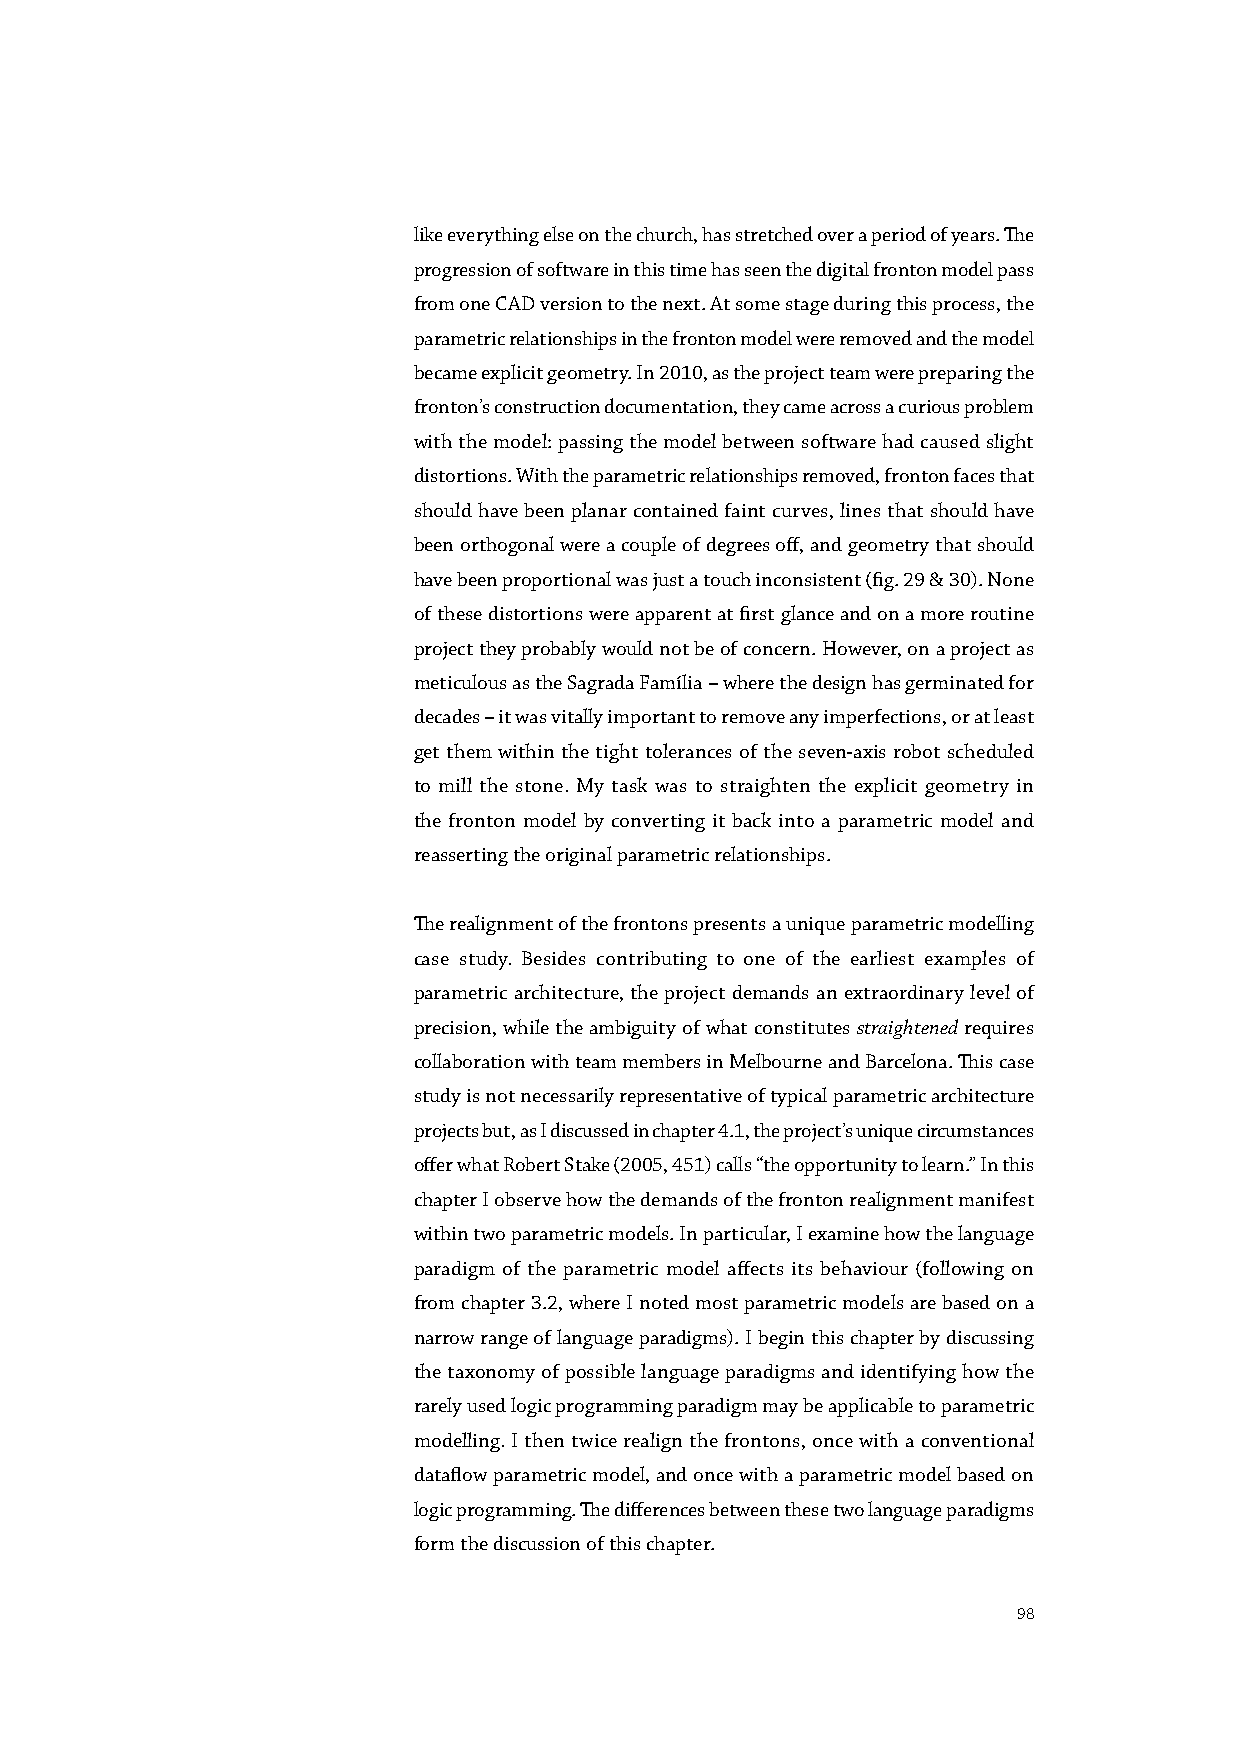
like everything else on the church, has stretched over a period of years. The
 progression of software in this time has seen the digital fronton model pass
 from one CAD version to the next. At some stage during this process, the
 parametric relationships in the fronton model were removed and the model
 became explicit geometry. In 2010, as the project team were preparing the
 fronton’s construction documentation, they came across a curious problem
 with the model: passing the model between software had caused slight
 distortions. With the parametric relationships removed, fronton faces that
 should have been planar contained faint curves, lines that should have
 been orthogonal were a couple of degrees off, and geometry that should
 have been proportional was just a touch inconsistent (fig. 29 & 30). None
 of these distortions were apparent at first glance and on a more routine
 project they probably would not be of concern. However, on a project as
 meticulous as the Sagrada Família – where the design has germinated for
 decades – it was vitally important to remove any imperfections, or at least
 get them within the tight tolerances of the seven-axis robot scheduled
 to mill the stone. My task was to straighten the explicit geometry in
 the fronton model by converting it back into a parametric model and
 reasserting the original parametric relationships.
 The realignment of the frontons presents a unique parametric modelling
 case study. Besides contributing to one of the earliest examples of
 parametric architecture, the project demands an extraordinary level of
 precision, while the ambiguity of what constitutes straightened requires
 collaboration with team members in Melbourne and Barcelona. This case
 study is not necessarily representative of typical parametric architecture
 projects but, as I discussed in chapter 4.1, the project’s unique circumstances
 offer what Robert Stake (2005, 451) calls “the opportunity to learn.” In this
 chapter I observe how the demands of the fronton realignment manifest
 within two parametric models. In particular, I examine how the language
 paradigm of the parametric model affects its behaviour (following on
 from chapter 3.2, where I noted most parametric models are based on a
 narrow range of language paradigms). I begin this chapter by discussing
 the taxonomy of possible language paradigms and identifying how the
 rarely used logic programming paradigm may be applicable to parametric
 modelling. I then twice realign the frontons, once with a conventional
 dataflow parametric model, and once with a parametric model based on
 logic programming. The differences between these two language paradigms
 form the discussion of this chapter.
 0 1 2M
 98